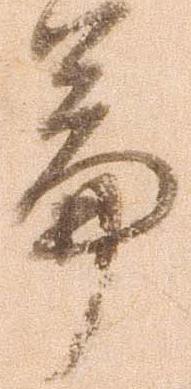
篇